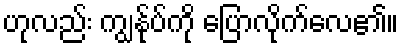
ဟုလည်း ကျွန်ုပ်ကို ပြောလိုက်လေ၏။